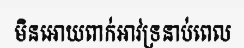
មិនអោយពាក់អាវទ្រនាប់ពេល